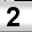
Digit: 2